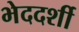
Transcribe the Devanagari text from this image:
भेददर्शी